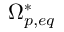
\Omega _ { p , e q } ^ { \ast }